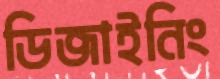
ডিজাইনিং